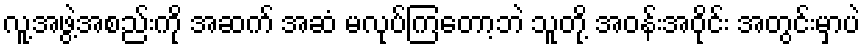
လူ့အဖွဲ့အစည်းကို အဆက် အဆံ မလုပ်ကြတော့ဘဲ သူတို့ အဝန်းအဝိုင်း အတွင်းမှာပဲ